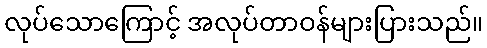
လုပ်သောကြောင့် အလုပ်တာဝန်များပြားသည်။